Vaccination in Burma 1920-1933 - 1920-1933
Year: 1920
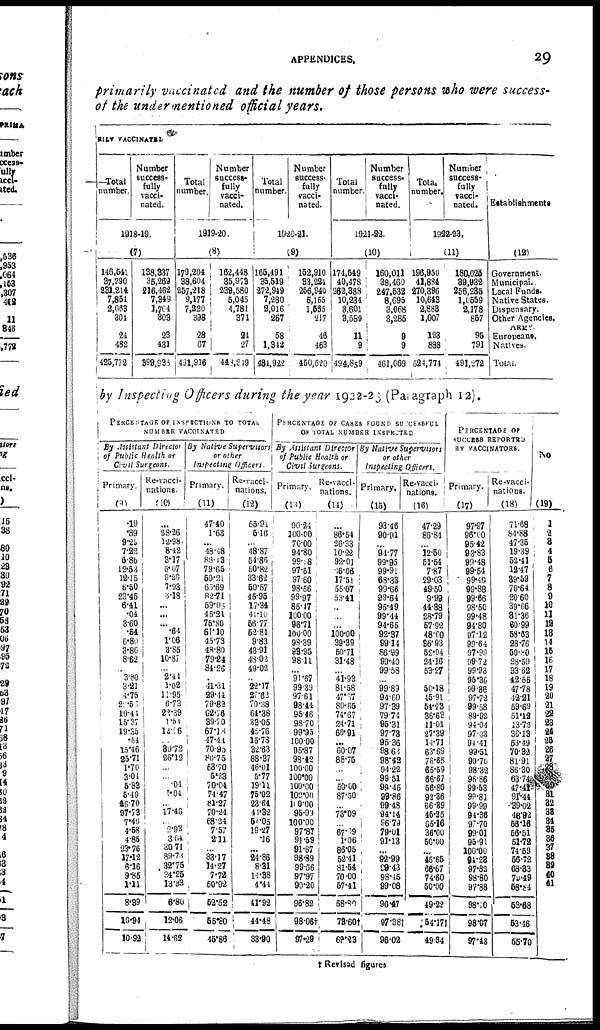
APPENDICES.
29
primarily vaccinated and the number of those persons who were success-
of the undermentioned official years.
RILY VACClNATED
Total
number
Number
success-
fully
vacci-
nated.
1918-19.
(7)
146,541
37,290
231,214
7,854
2,063
301
24
482
425,772
138,337
35,269
216,462
7,349
1,704
303
23
431
899,933
Total
number.
Number
success-
fully
vacci-
nated.
1919-20.
(8)
179,204
38,604
257,218
9,177
7,220
398
28
67
491,916
162,448
35,973
239,580
5,045
4,781
371
24 27
448,219
Total
number.
Number
success-
fully
vacci-
nated.
1920-21.
(9)
165,491
35,519
272,949
7,280
2,016
267
58
1,342
481,922
152,910
33,224
256,940
5,155
1,585
217
46
463
460,520
Total
number.
Number
success-
fully
vacci-
nated.
1921-22.
(10)
174,549
40,478
262,388
10,234
3,601
3,589
11
9
494,859
160,011
38,460
247,532
8,695
3,068
3,285
9
9
461,069
Total
number.
Number
success-
fully
vacci-
nated.
1922-23.
(11)
196,950
41,884
270,396
10,643
2,888
1,007
123
888
524,774
180,625
39,932
256,285
1,0559
2,178
857
95
791
491,272
Establishments
(12)
Government.
Municipal.
Local Funds.
Native States.
Dispensary.
Other Agencies.
ARMY.
Europeans.
Natives.
Total.
by Inspecting Officers during the year 1922-23 (Paragraph 12).
PERCENTAGE OF INSPECTIONS TO TOTAL
NUMBER VACCINATED
By Assistant Director
of Public Health or
Civil Surgeons.
Primary.
(9)
.19
.89
9.29
7.22
6.86
12.53
12.15
6.50
23.45
6.41
.04
3.60
.54
6.80
3.86
8.62
... 3.80
3.21
4.75
2.57
10.41
15.37
19.35
.54
15.46
25.71
1.70
3.04
5.83
5.49
46.70
97.73
7.40
4.58
4.85
23.76
17.12
6.16
9.85
1.11
8.39
10.94
10.92
Re-vacci-
nations
(10)
...
38.26
12.98
8.42
3.17
5.07
9.20
7.93
3.18
...
...
... .64
1.06
3.85
10.87
... 2.44
1.02
11.95
6.73
22.39
1.54
14.96
... 89.72
26.12
...
... .04
1.04
... 17.46
... 2.93
3.64
30.71
89.73
32.75
34.25
13.33
6.80
12.06
14.62
By Native Supervisors
or other
Inspecting Officers.
Primary.
(11)
47.40
1.68
... 48.48
88.13
79.65
50.21
65.69
82.71
59.05
45.21
75.80
61.10
45.73
48.80
79.24
84.26
... 41.31
29.44
79.82
62.76
39.70
67.18 47.44
70.95
80.75
53.70
5.23
70.04
74.47
81.27
70.24
68.24
7.57
2.11
... 33.17
14.27
7.72
50.92
52.52
55.80
45.86
Re-vacci-
nations.
(12)
65.94
5.16
... 48.87
54.86
50.82
33.62
50.67
45.95
17.34
41.10
56.77
52.81
9.83
43.91
48.02
49.02
... 22.17
27.62
70.38
61.38
33.05
45.76
15.78
32.63
88.37
46.01
5.77
19.11
75.02
23.64
44.32
57.05
19.27
.16
... 24.86
8.31
11.38
4.44
41.92
44.48
33.90
PERCENTAGE OF CASES FOUND SUCESSFUL
OF TOTAL NUMBER INSPECTED
By Assistant Director
of Public Health or
Civil Surgeons.
Primary.
(13)
90.24
100.00
70.00
94.80
99.08
97.51
97.60
98.66
99.97
85.47
100.00
96.71
100.00
98.39
98.95
98.11
... 91.67
99.39
97.61
98.44
95.46
98.70
99.95
100.00
95.87
98.42
100.00
100.00
100.00
100.00
100.00 95.99
100.00
97.87
91.59
91.67
98.89
99.56
97.97
90.20
96.82
98.06†
97.29
Re-vacci-
intions.
(14)
...
86.54
26.33
10.22
92.01
66.06
17.51
55.07
53.41
... ...
...
100.00
39.39
50.71
31.48
...
41.93
81.58
47.37
80.65
74.67
24.71
68.91
... 60.07
88.75
...
... 50.00
87.50
...
73.09
... 67.09
1.06
86.05
52.41
81.54
70.00
57.41
68.80
78.60†
68.23
By Native Supervisors
or other
Inspecting Officers.
Primary.
(15)
93.46
90.91
...
94.77
99.95
99.91
68.33
99.66
99.64
95.49
99.44
94.65
92.37
99.14
86.99
99.40
99.58
... 99.89
94.60
97.39
79.74
95.31
97.78
95.36
98.68
98.42
94.22
99.51
99.45
99.86
99.48
94.14
96.79
79.01
91.13
... 92.99
99.43
98.45
99.08
96.47
97.38
96.02
Re-vacci-
nations.
(16)
47.29
86.84
... 12.50
51.54
7.87
29.03
49.50
9.99
44.88
28.79
57.92
48.60
36.93
52.04
24.16
53.27
... 50.18
45.91
54.23
36.63
11.01
27.39
14.71
63.69
76.65
65.59
66.67
56.80
92.36
66.39
45.25
65.16
36.00
50.00
... 45.65
66.67
74.60
50.00
49.22
54.17†
49.84
PERCENTAGE OF
SUCCESS REPORTED
BY VACCINATORS.
Primary.
(17)
97.97
96.00
95.42
93.83
99.48
99.54
99.49
99.88
99.66
98.50
99.48
94.80
97.12
99.64
97.99
99.72
99.93
95.36
99.86
97.72
99.58
89.92
94.04
97.03
91.41
99.51
99.70
98.32
96.86
99.53
99.81
99.99
94.36
97.70
99.01
95.91
100.00
94.23
97.83
98.80
97.88
98.10
98.07
97.48
Re-vacci-
nations.
(18)
71.68
84.88
47.35
19.39
52.41
12.47
89.59
70.64
20.60
39.66
81.36
60.99
58.63
28.76
50.80
28.59
33.62
42.55
47.78
42.21
59.69
51.12
13.72
36.13
53.19
70.32
81.91
86.30
63.74
47.41
91.44
39.02
46.92
56.16
56.51
51.72
74.59
56.72
68.83
79.49
58.84
53.68
53.46
55.70
No
(19)
1
2
3
4
5
6
7
8
9
10
11
12
18
14
15
16
17
18
19
20
21
22
23
24
25
26
27
28
29
30
31
32
33
34
35
36
37
38
39
40
41
† Revised figures